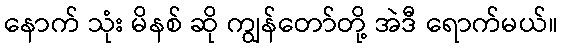
နောက် သုံး မိနစ် ဆို ကျွန်တော်တို့ အဲဒီ ရောက်မယ်။